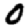
Digit: 0